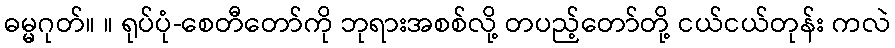
ဓမ္မဂုတ်။ ။ ရုပ်ပုံ-စေတီတော်ကို ဘုရားအစစ်လို့ တပည့်တော်တို့ ငယ်ငယ်တုန်း ကလဲ